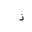
Letter: _thal